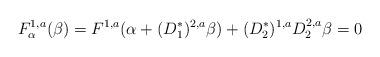
LaTeX: \begin{align*}F^{1,a}_{\alpha} (\beta) = F^{1,a} (\alpha + (D_{1}^{*})^{2,a} \beta) + (D_{2}^{*})^{1,a} D_{2}^{2,a} \beta = 0\end{align*}